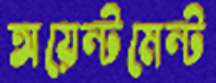
অয়েন্টমেন্ট